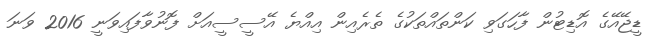
ޑީޖޭއޭގެ އޮޑިޓުން ފާހަގަވި ކަންތައްތަކުގެ ތެރެއިން އިއްޔެ އޭސީސީއަށް ފޮނުވާފައިވަނީ 2016 ވަނަ